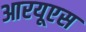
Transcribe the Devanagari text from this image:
आरयूएस